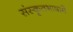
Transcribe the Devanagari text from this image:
संस्कृतभाषामें